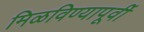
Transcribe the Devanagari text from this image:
मिळविण्यापूर्वी